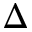
\Delta